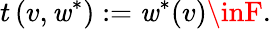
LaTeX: t\left(v,\mathit{w}^{*}\right):=\mathit{w}^{*}(v)\inF.